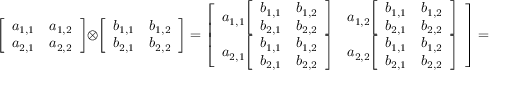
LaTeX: { \left[ \begin{array} { l l } { a _ { 1 , 1 } } & { a _ { 1 , 2 } } \\ { a _ { 2 , 1 } } & { a _ { 2 , 2 } } \end{array} \right] } \otimes { \left[ \begin{array} { l l } { b _ { 1 , 1 } } & { b _ { 1 , 2 } } \\ { b _ { 2 , 1 } } & { b _ { 2 , 2 } } \end{array} \right] } = { \left[ \begin{array} { l l } { a _ { 1 , 1 } { \left[ \begin{array} { l l } { b _ { 1 , 1 } } & { b _ { 1 , 2 } } \\ { b _ { 2 , 1 } } & { b _ { 2 , 2 } } \end{array} \right] } } & { a _ { 1 , 2 } { \left[ \begin{array} { l l } { b _ { 1 , 1 } } & { b _ { 1 , 2 } } \\ { b _ { 2 , 1 } } & { b _ { 2 , 2 } } \end{array} \right] } } \\ { a _ { 2 , 1 } { \left[ \begin{array} { l l } { b _ { 1 , 1 } } & { b _ { 1 , 2 } } \\ { b _ { 2 , 1 } } & { b _ { 2 , 2 } } \end{array} \right] } } & { a _ { 2 , 2 } { \left[ \begin{array} { l l } { b _ { 1 , 1 } } & { b _ { 1 , 2 } } \\ { b _ { 2 , 1 } } & { b _ { 2 , 2 } } \end{array} \right] } } \end{array} \right] } = { \left[ \begin{array} { l l l l } { a _ { 1 , 1 } b _ { 1 , 1 } } & { a _ { 1 , 1 } b _ { 1 , 2 } } & { a _ { 1 , 2 } b _ { 1 , 1 } } & { a _ { 1 , 2 } b _ { 1 , 2 } } \\ { a _ { 1 , 1 } b _ { 2 , 1 } } & { a _ { 1 , 1 } b _ { 2 , 2 } } & { a _ { 1 , 2 } b _ { 2 , 1 } } & { a _ { 1 , 2 } b _ { 2 , 2 } } \\ { a _ { 2 , 1 } b _ { 1 , 1 } } & { a _ { 2 , 1 } b _ { 1 , 2 } } & { a _ { 2 , 2 } b _ { 1 , 1 } } & { a _ { 2 , 2 } b _ { 1 , 2 } } \\ { a _ { 2 , 1 } b _ { 2 , 1 } } & { a _ { 2 , 1 } b _ { 2 , 2 } } & { a _ { 2 , 2 } b _ { 2 , 1 } } & { a _ { 2 , 2 } b _ { 2 , 2 } } \end{array} \right] } .